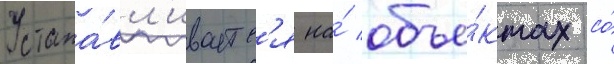
Устана́вл'иваетс'я на́ объе́ктах со́